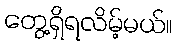
တွေ့ရှိရလိမ့်မယ်။